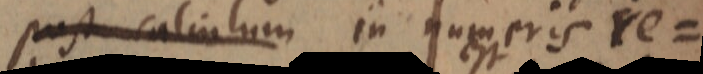
post calculum in numeris re=